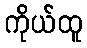
ကိုယ်ထူ